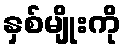
နှစ်မျိုးကို